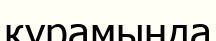
қурамында